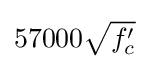
57000{\sqrt {f'_{c}}}